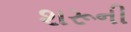
શરૂની